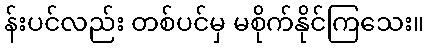
န်းပင်လည်း တစ်ပင်မှ မစိုက်နိုင်ကြသေး။